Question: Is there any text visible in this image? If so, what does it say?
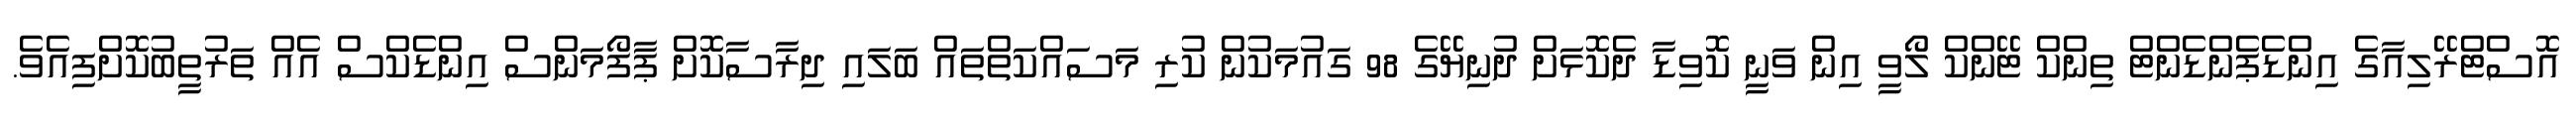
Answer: އޮސްޓްރޭލިއާގެ އިންޑެޕެންޑެންޓް ތިންކް ޓޭންކް ލޯވީ އިން ވަނީ ކޮވިޑާ ދެކޮޅަށް ދުނިޔޭގެ 98 ގައުމަކުން ކުރި މަސައްކަތްތައް ބަލައި ދިރާސާކޮށް ޕާފޯމަންސް އިންޑެކްސް އެއް ތަރުތީބުކޮށްފިއެވެ.